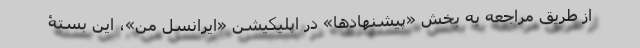
از طریق مراجعه به بخش «پیشنهادها» در اپلیکیشن «ایرانسل من»، این بستۀ